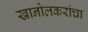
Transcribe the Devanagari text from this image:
खानोलकरांचा